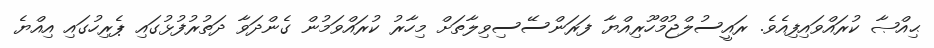
ޙިއްޞާ ކުރައްވައިފިއެވެ. ރައީސުލްޖުމްހޫރިއްޔާ ފަރަންސޭސިވިލާތަށް މިހާރު ކުރައްވަމުން ގެންދަވާ ދަތުރުފުޅުގައި ޕެރިހުގައި އިއްޔެ